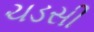
ચડસી